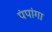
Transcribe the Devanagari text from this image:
पंपांगा